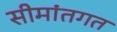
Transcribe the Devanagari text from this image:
सीमांतगत